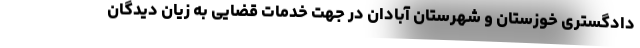
دادگستری خوزستان و شهرستان آبادان در جهت خدمات قضایی به زیان دیدگان